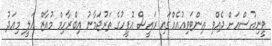
ވީނިއުސްއަށް ދެއްވި އިންޓަވިއުއެއްގައި ރައީސް އޮފީހުގެ ތަރުޖަމާނު އިބްރާހިމް މުއާޒް އަލީ މިއަދު